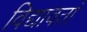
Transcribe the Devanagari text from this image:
विद्यावतां